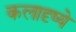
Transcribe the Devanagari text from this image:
कलादृष्ये